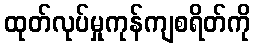
ထုတ်လုပ်မှုကုန်ကျစရိတ်ကို